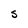
Character: S